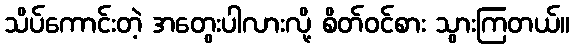
သိပ်ကောင်းတဲ့ အတွေးပါလားလို့ စိတ်ဝင်စား သွားကြတယ်။